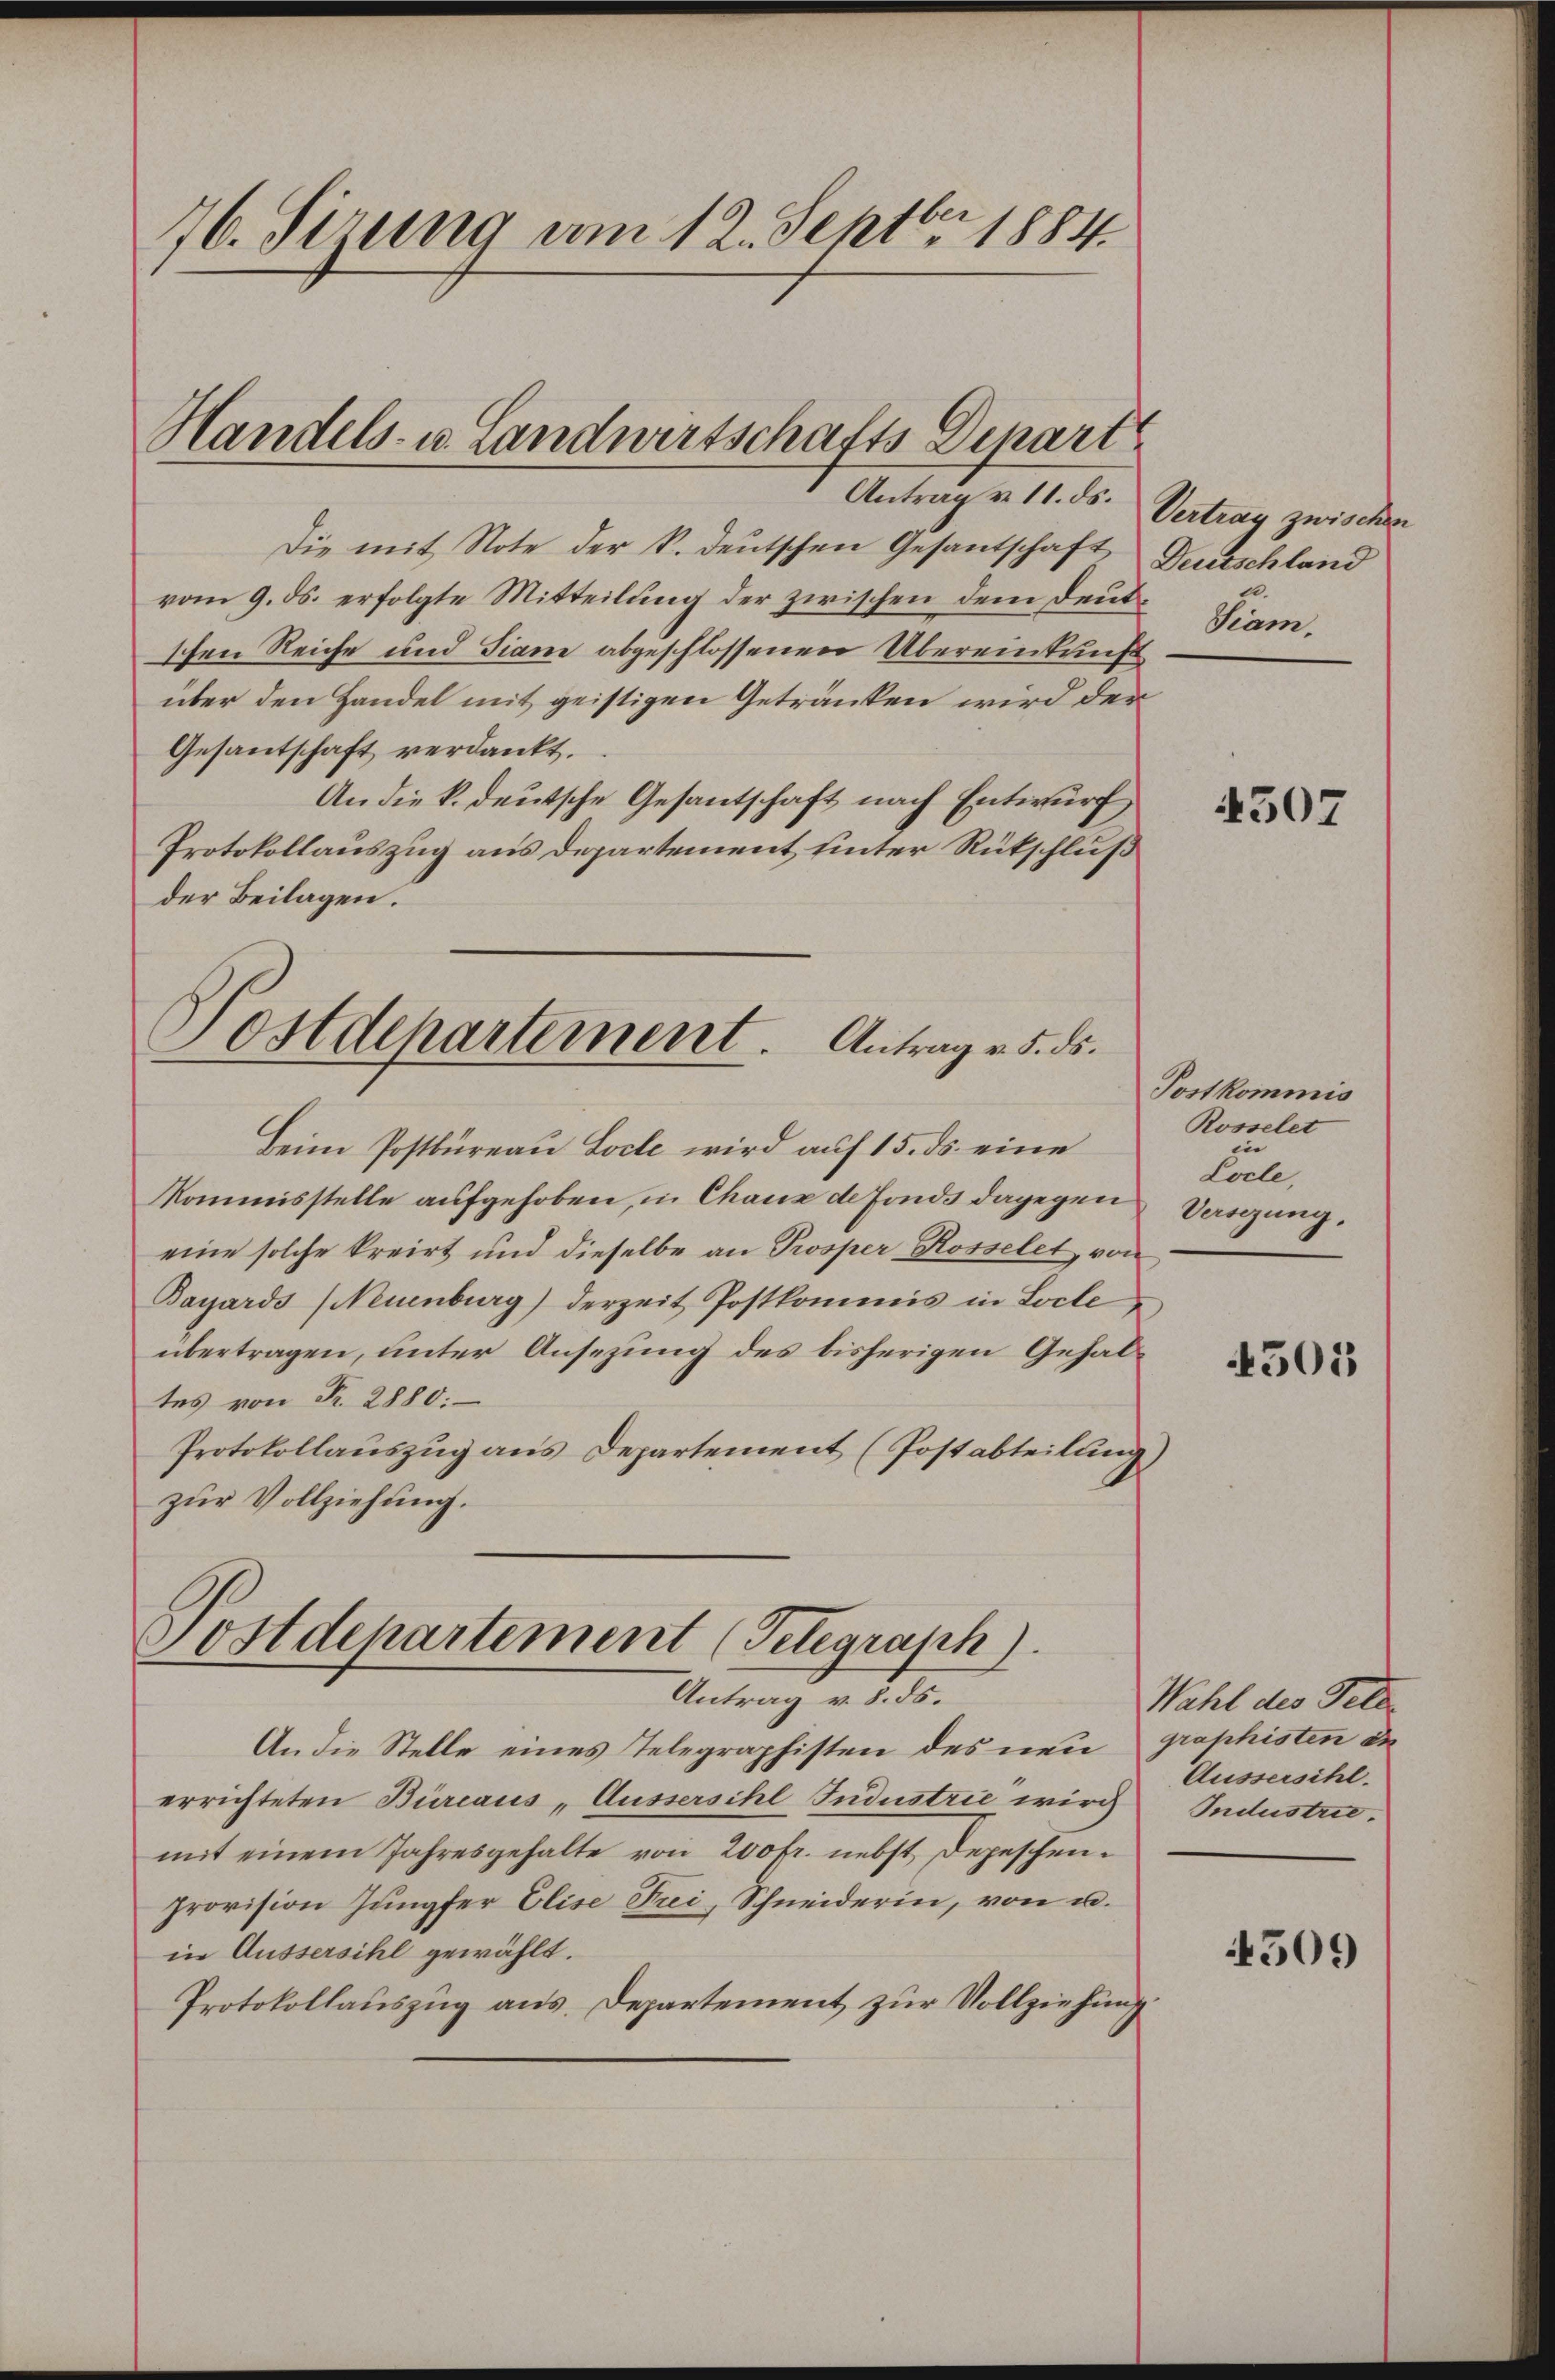
Die mit Note der k. deutschen Gesantschaft Deutschland
vom 9. ds. erfolgte Mitteilung der zwischen dem Deutschen Reiche und Tiam abgeschlossenen Übereinkunft
über den Handel mit geistigen Getränken wird der
Gesantschaft verdankt.
An die k. deutsche Gesantschaft nach Entwurf
Protokollauszug aus Departement unter Rückschluß
der Beilagen.

76. Sirung am 12. Septbr. 1884.

Handels- u. Landwirtschafts-Depart

ostdepartement. Antrag v. 5. ds.
.

Beim Postbureau Loche wird auf 15. ds. eine
Kommisstelle aufgehoben, in Chaux de Fonds dagegen
eine solche kreist und dieselbe an Prosper Rosselet, von
Bayards (Neuenburg) derzeit Postkommis in Loche
übertragen, unter Ansezung des bisherigen Gehaltes von Fr. 2880:
Protokollauszug aus Departement (Postabteilung
zŭr Vollziehung.

Sostdepartement (Telegraph).
Antrag v. 8. ds.

An die Stelle eines Telegraphisten des neu
errichteten Büreaus „Aussersihl Industrie wird
mit einem Jahresgehalte von 200 fr. nebst Depeschen.
provision Jungfer Elise Frei, Schneiderin, von u.
in Aussersihl gewählt.
Protokollauszug aus. Departement zur Vollziehung

Antrag v. 11. ds. Vertrag zwischen

Kium.

4507

Postkommis
Rosselet
i
Locle,
Verschung,

501

Wahl des Pete
graphisten de
Aussersihl.
Industrie

509